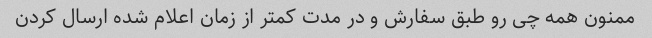
ممنون همه چی رو طبق سفارش و در مدت کمتر از زمان اعلام شده ارسال کردن